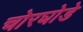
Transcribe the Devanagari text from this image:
चोरघोडे